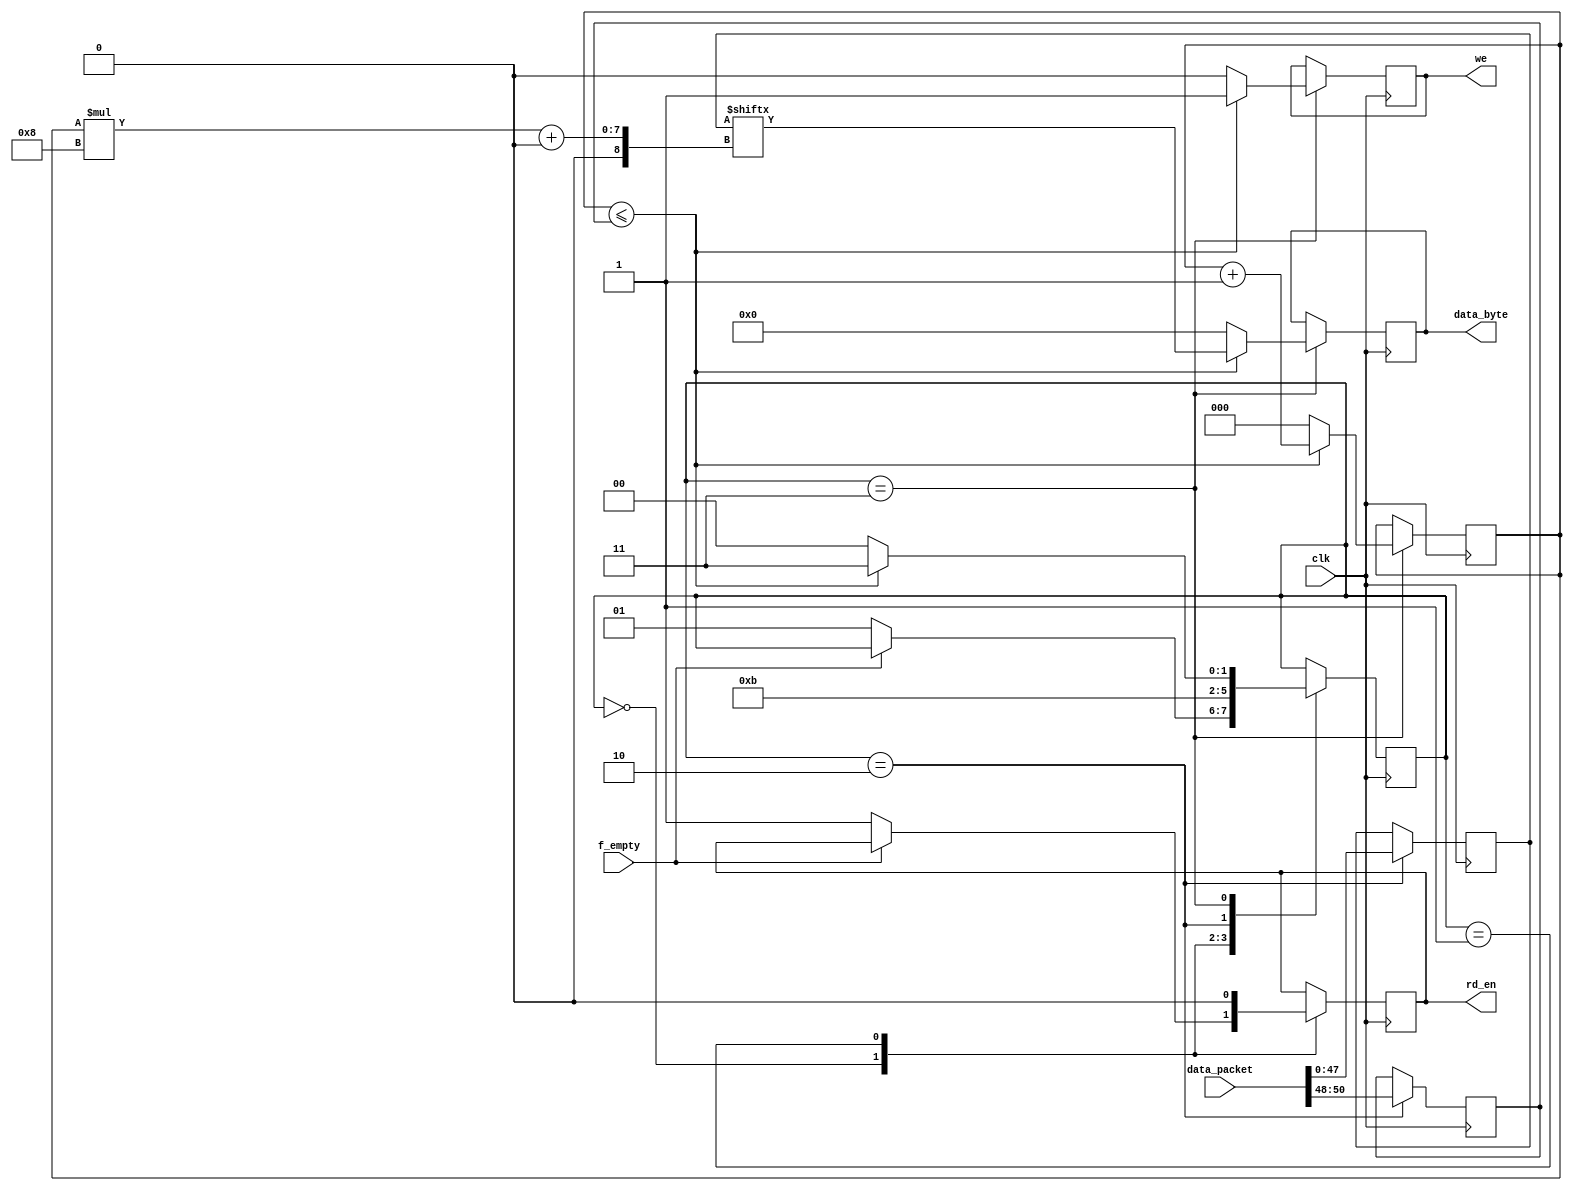
module dt_ctrl(
    input                           clk,
    input [DATA_PACKET_WIDTH-1:0]   data_packet,
    input                           f_empty,
    
    output reg                      rd_en=0,
    output [UART_DATA_WIDTH-1:0]    data_byte,
    output                          we
);

/* Global parameters */
parameter DATA_PACKET_WIDTH = 51;
parameter UART_DATA_WIDTH   = 8;
parameter SEL_WIDTH         = 3;
parameter DATA_WIDTH        = 48;

/* Register declaration and instantiation */
reg [DATA_PACKET_WIDTH-1:0] c_data_packet = 0;
reg [UART_DATA_WIDTH-1:0]   c_data_byte = 0;
reg [SEL_WIDTH-1:0]         byte_count = 0;
reg [SEL_WIDTH-1:0]         c_sel = 0;
reg [DATA_WIDTH-1:0]        data = 0;
reg                         output_we = 0;

/* State Machine Parameters */
reg [1:0]  state = 0;
localparam IDLE         = 2'b00;
localparam DATA_FETCH   = 2'b01;
localparam DATA_DECODE  = 2'b10;
localparam DATA_SEND    = 2'b11;


always @(posedge clk) begin
    case (state)
        IDLE: begin
            if (!f_empty) begin
                rd_en <= 1;
                state <= DATA_FETCH;
            end
        end

        DATA_FETCH: begin
            rd_en <= 0; // Disable read enable while fetching data
            state <= DATA_DECODE;
        end
            
        DATA_DECODE: begin
            c_sel   <= data_packet[50:48]; // Extract sel bits from data_packet
            data    <= data_packet[47:0]; // Extract data bits from data_packet
            state   <= DATA_SEND;
        end  
                
        DATA_SEND: begin
            if (byte_count <= c_sel) begin
                c_data_byte <= data[byte_count * UART_DATA_WIDTH +: UART_DATA_WIDTH]; // Send bytes one by one
                output_we   <= 1; // Enable write enable during sending bytes
                byte_count  <= byte_count + 1;
                state       <= DATA_SEND; // Stay in data_decode state to send more bytes
            end
            else begin
                output_we   <= 0; // Disable write enable after sending required bytes
                c_data_byte <= 0;
                byte_count  <= 0; // Reset byte count for next data_packet
                state       <= IDLE; // Transition back to IDLE state
            end
        end
    endcase
end

assign data_byte = c_data_byte;
assign we = output_we;

endmodule